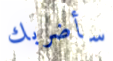
سأضربك